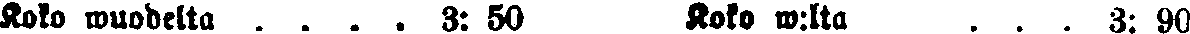
Koko wuodelta . . . . 3: 50 Koko w:lta . . . 3: 90